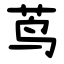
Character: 茑